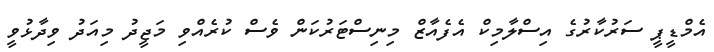
އެމްޑީޕީ ސަރުކާރުގެ އިސްލާމިކް އެފެއާޒް މިނިސްޓަރުކަން ވެސް ކުރެއްވި މަޖީދު މިއަދު ވިދާޅުވީ